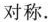
对称。